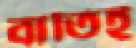
বাতিই